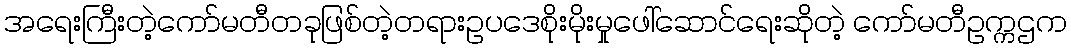
အရေးကြီးတဲ့ကော်မတီတခုဖြစ်တဲ့တရားဥပဒေစိုးမိုးမှုဖေါ်ဆောင်ရေးဆိုတဲ့ ကော်မတီဥက္ကဌက